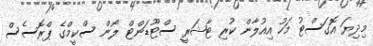
މިދިޔަ އޮގަސްޓު މަހު އިއުލާން ކުރި ޓާޝަރީ ސްޓޫޑަންޓް ލޯން ސްކީމްގެ ޕްރޮސެސް